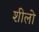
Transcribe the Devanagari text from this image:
शीलो